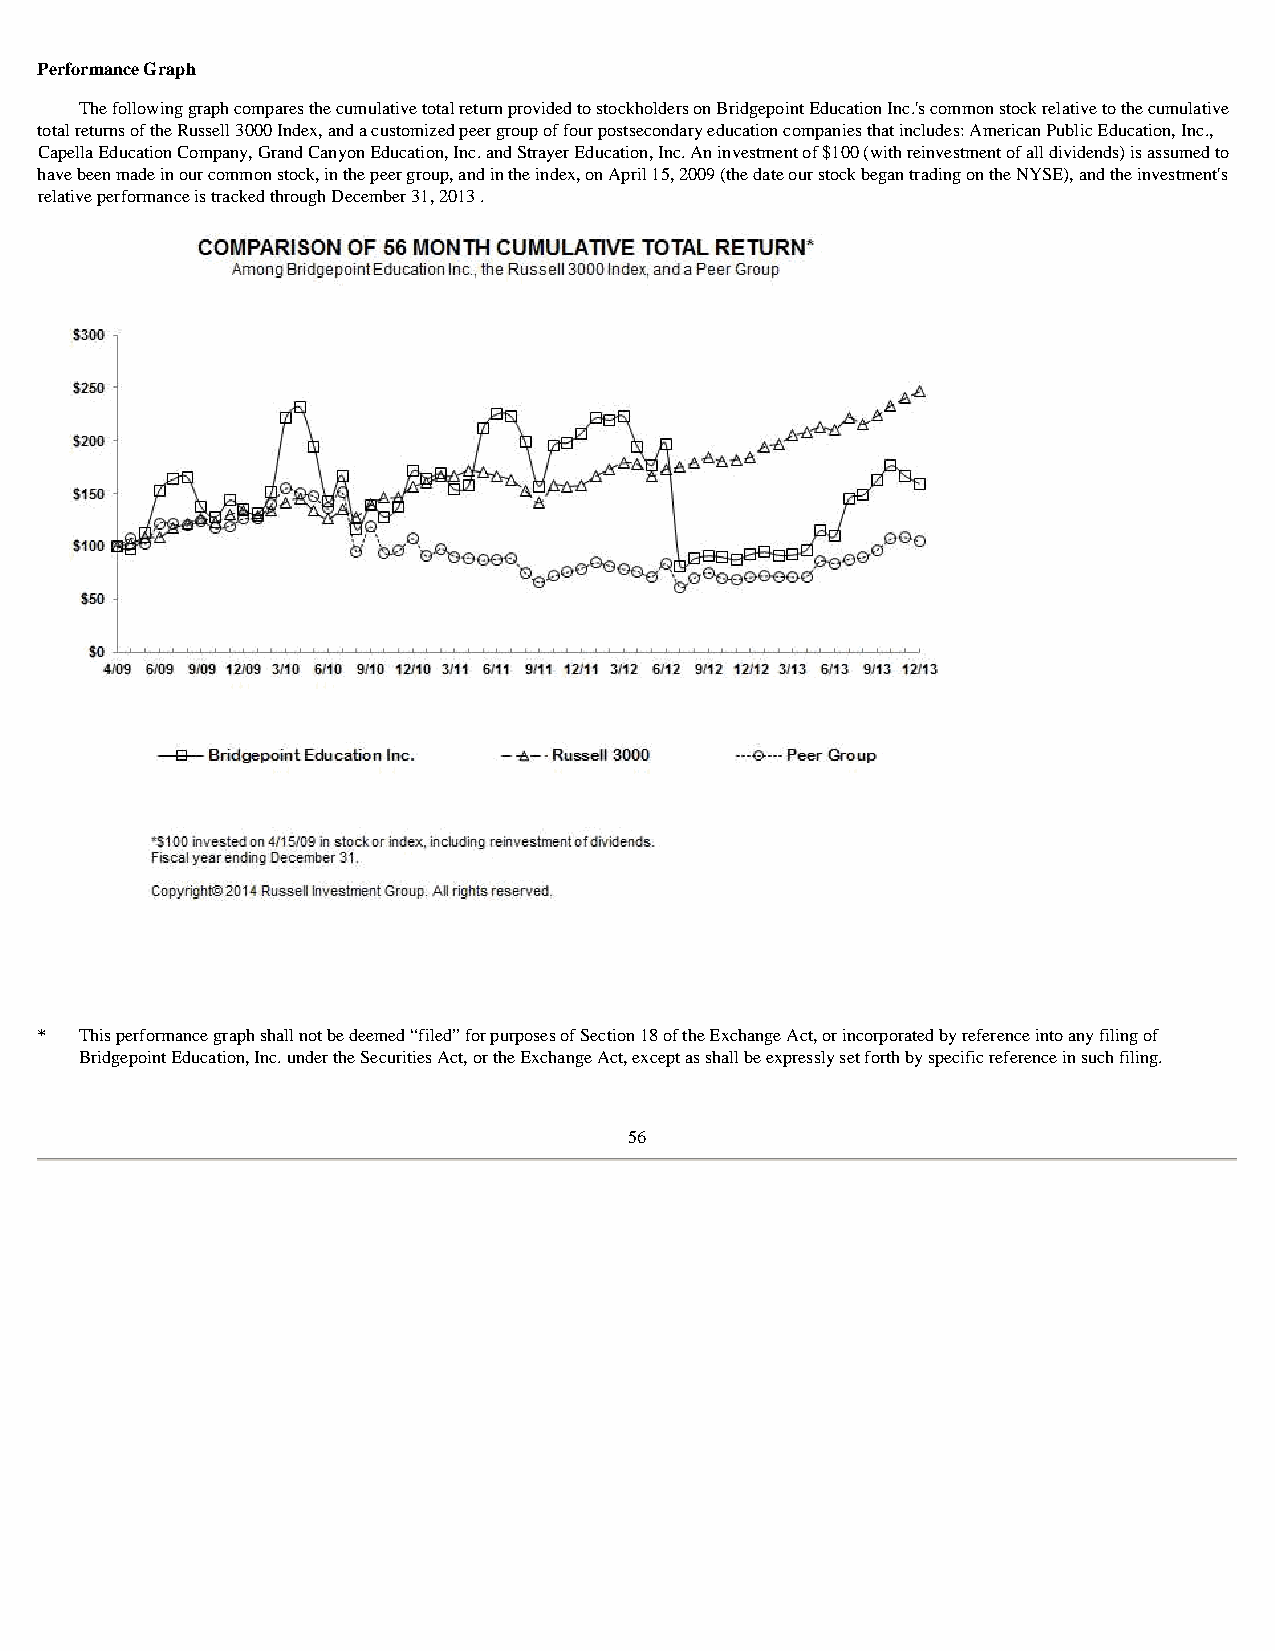
Performance Graph
 The following graph compares the cumulative total return provided to stockholders on Bridgepoint Education Inc.'s common stock relative to the cumulative
 total returns of the Russell 3000 Index, and a customized peer group of four postsecondary education companies that includes: American Public Education, Inc.,
 Capella Education Company, Grand Canyon Education, Inc. and Strayer Education, Inc. An investment of $100 (with reinvestment of all dividends) is assumed to
 have been made in our common stock, in the peer group, and in the index, on April 15, 2009 (the date our stock began trading on the NYSE), and the investment's
 relative performance is tracked through December 31, 2013 .
 *  This performance graph shall not be deemed “filed” for purposes of Section 18 of the Exchange Act, or incorporated by reference into any filing of
 Bridgepoint Education, Inc. under the Securities Act, or the Exchange Act, except as shall be expressly set forth by specific reference in such filing.
 56